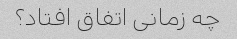
چه زمانی اتفاق افتاد؟